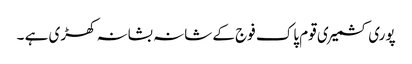
پوری کشمیری قوم پاک فوج کے شانہ بشانہ کھڑی ہے ۔